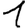
Digit: 1